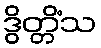
ဒွိတ္တိံသ